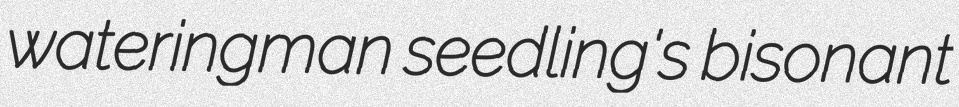
wateringman seedling's bisonant